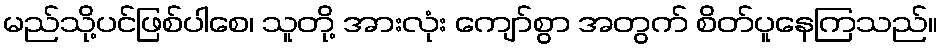
မည်သို့ပင်ဖြစ်ပါစေ၊ သူတို့ အားလုံး ကျော်စွာ အတွက် စိတ်ပူနေကြသည်။